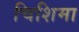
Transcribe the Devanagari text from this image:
चिशिमा